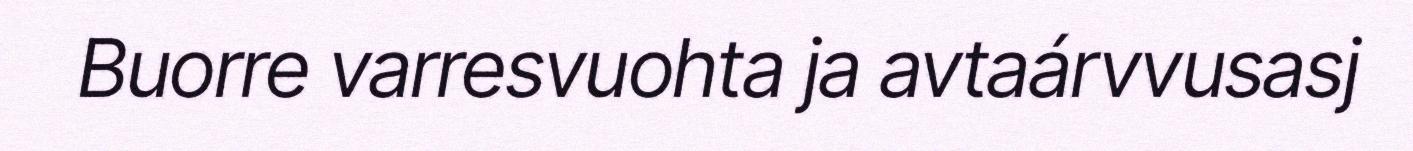
Buorre varresvuohta ja avtaárvvusasj